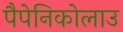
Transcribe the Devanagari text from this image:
पैपेनिकोलाउ